Annual administration report of the Civil Veterinary Department of India - 1894-1895
Year: 1894
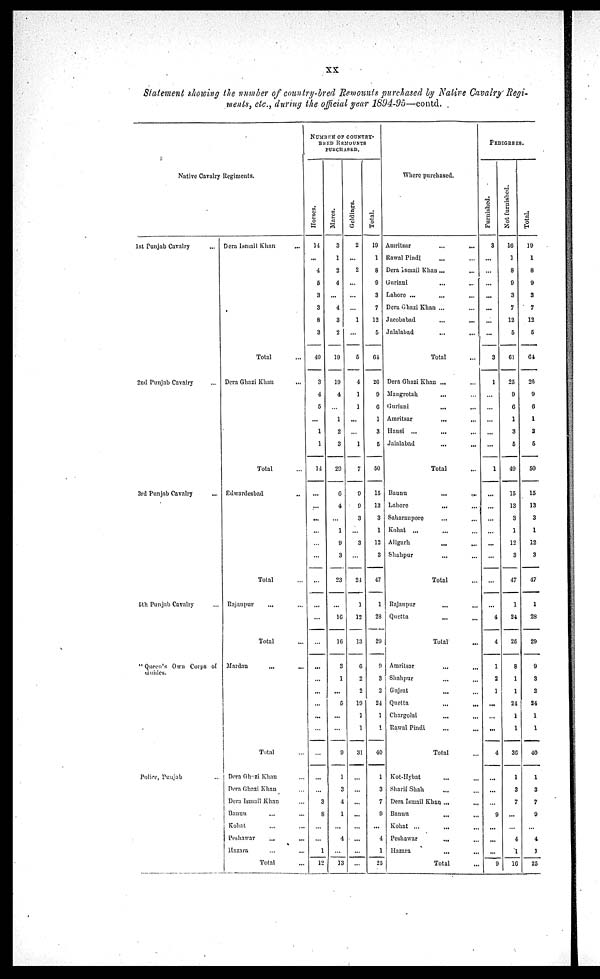
xx
Statement showing the number of country-bred Remounts purchased by Native Cavalry Regi-
ments, etc., during the official year 1894-95—contd.
Native Cavalry Regiments.
1st Punjab Cavalry ...
2nd Punjab Cavalry ...
3rd Punjab Cavalry ...
5th Punjab Cavalry ...
" Queen's Own Corps of
Guides.
Police, Punjab ...
Dera Ismail Khan...
Total...
Dera Ghazi Khan...
Total ...
Edwardesbad
...
Total ...
Rajanpur
...
...
Total ...
Mardan
... ...
Total ...
Dera Ghazi Khan ...
Dera Ghazi Khan ...
Dera Ismail Khan ...
Bannu ... ...
Kohat ... ...
Peshawar
...
...
Hazara ... ...
Total...
NUMBER OF COUNTRY¬
BRED REMOUNTS
PURCHASED.
Hor s es .
14
...
4
5
3
3
8
3
40
3
4
5
...
1
1
14
...
...
...
...
...
...
...
...
...
...
...
...
...
...
...
...
...
...
...
3
8
...
...
1
12
Mar es .
3
1
2
4
...
4
3
2
19
19
4
...
1
2
3
29
6
4
...
1
9
3
23
...
16
16
3
1
...
5
...
...
9
1
3
4
1
...
4
...
13
Gel di ngs .
2
...
2
...
...
...
1
...
5
4
1
1
...
...
1
7
9
9
3
...
3
...
24
1
12
13
6
2
2
19
1
1
31
...
...
...
...
...
...
...
...
Tot al .
19
1
8
9
3
7
12
5
64
26
9
6
1
3
5
50
15
13
3
1
12
3
47
1
28
29
9
3
2
24
1
1
40
1
3
7
9
...
4
1
25
Where purchased.
Amritsar
...
...
Rawal Pindi ... ...
Dera Ismail Khan
...
...
Guriani...
...
Lahore ...
...
...
Dera Ghazi Khan ... ...
Jacobabad
...
...
Jalalabad
...
...
Total
...
Dera Ghazi Khan... ...
Mangrotah... ...
Guriani... ...
Amritsar...
...
Hausi ...
...
...
Jalalabad...
...
Total...
Bannu...
...
Lahore...
...
Saharanpore
...
...
Kohat ...
... ...
Aligarh...
...
Shahpur
... ...
Total
...
Rajanpur
...
...
Quetta...
...
Total...
Amritsar ... ...
Shahpur
...
...
Gujrat... ...
Quetta...
...
Chargolai...
...
Rawal Pindi...
...
Total ...
Kot-Hybat... ...
Sharif Shah...
...
Dera Ismail Khan ... ...
Bannu...
...
Kohat ...
...
...
Peshawar...
...
Hazara... ...
Total...
PEDIGREES.
Furnished.
3
...
...
...
...
...
...
...
3
1
...
...
...
...
...
1
...
...
...
...
...
...
...
...
4
4
1
2
1
...
...
...
4
...
...
...
9
...
...
...
9
Not furnished.
16
1
8
9
3
7
12
5
61
25
9
6
1
3
5
49
15
13
3
1
12
3
47
1
24
25
8
1
1
24
1
1
36
1
3
7
...
...
4
1
16
Tot al .
19
1
8
9
3
7
12
5
64
26
9
6
1
3
5
50
15
13
3
1
12
3
47
1
28
29
9
3
2
24
1
1
40
1
3
7
9
...
4
1
25